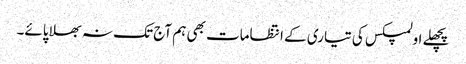
پچھلے اولمپکس کی تیاری کے انتظامات بھی ہم آج تک نہ بھلا پائے۔